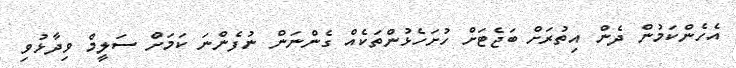
އެހެންކަމުން ދެން އިތުރަށް ބަޖެޓަށް ހުށަހެޅުންތަކެއް ގެންނަން ނުފެންނަ ކަމަށް ސަލީމް ވިދާޅުވި